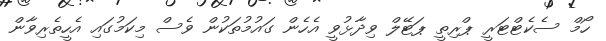
ހޯމް ސެކެޓްޓަރީ ޕްރިތީ ޕަޓޭލް ވިދާޅުވީ އެހެން ގައުމުތަކުން ވެސް މިކަމުގައި އެހީތެރިވާން